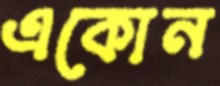
একোন